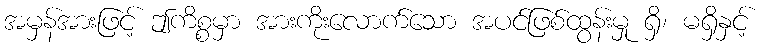
အမှန်အားဖြင့် ဤကိစ္စမှာ အားကိုးလောက်သော အပင်ဖြစ်ထွန်းမှု ရှိ၊ မရှိနှင့်